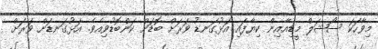
މިވާހަކަ ސޯޝަލް މީޑިއާއިން ކިޔާފައި އަޅުގަނޑު ވަރަށް ބޮޑަށް ކަންބޮޑުވިއެވެ. އަޅުގަނޑަށް ވަރަށް